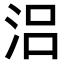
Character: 𣳮